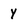
Character: y